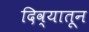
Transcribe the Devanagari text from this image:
दिव्यातून